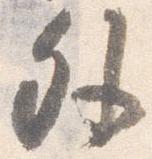
外